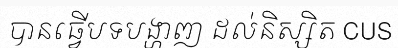
បានធ្វើបទបង្ហាញ ដល់និស្សិត CUS